Malaria in the Duars
Disease focus: Malaria
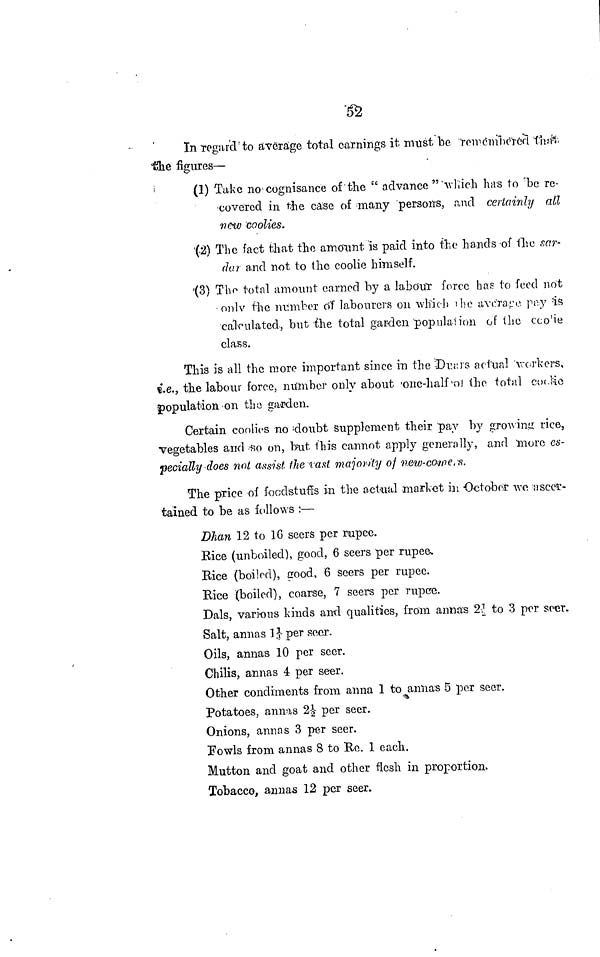
52
In regard to average total earnings it must be remembered that
the figures—
(1) Take no cognisance of the " advance "'which has to 'be re-
covered in the case of many persons, and certainly all
new coolies.
(2) The fact that the amount is paid into the hands of the sar-
dar and not to the coolie himself.
(3) The total amount earned by a labour force has to feed not
only the number of labourers on which the average pay is
calculated, but the total garden population of the \ill\e
class.
This is all the more important since in the Duars actual workers,
i.e., the labour force, number only about 'one-half of the total coolie
population on the garden.
Certain coolies no ; doubt Supplement their 'pay by growing rice,
vegetables and so on, but this cannot apply generally, and more es-
pecially does not assist the last majority of new-come' s.
The price of foodstuffs in the actual market in October we ascer-
tained to be as follows :—
Dhan 12 to 16 seers per rupee.
Rice (unboiled), good, 6 seers per rupee.
Bice (boilod), good, 6 seers per rupee.
Bice (boiled), coarse, 7 seers per rupee.
Dals, various kinds and qualities, from anna's 2½ to 3 per seer.
Salt, annas 1½ per seer.
Oils, annas 10 per seer.
Chilis, annas 4 per seer.
Other condiments from anna 1 to annas 5 per seer.
Potatoes, annas 2½ per seer.
Onions, annas 3 per seer.
Fowls from annas 8 to Re. 1 each.
Mutton and goat and other flesh in proportion.
Tobacco, annas 12 per seer.